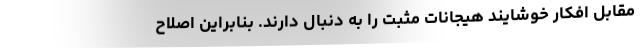
مقابل افکار خوشایند هیجانات مثبت را به دنبال دارند. بنابراین اصلاح